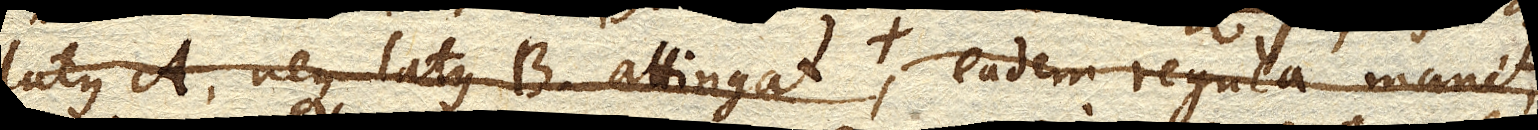
latus A. neque latus B. attingat, eadem regula manet,